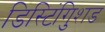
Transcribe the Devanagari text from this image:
डिस्टिंगुिशड